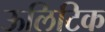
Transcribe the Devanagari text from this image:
ऊलिटिक